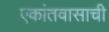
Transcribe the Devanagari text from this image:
एकांतवासाची